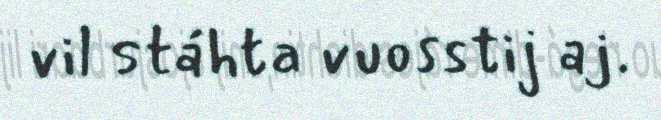
vil stáhta vuosstij aj.